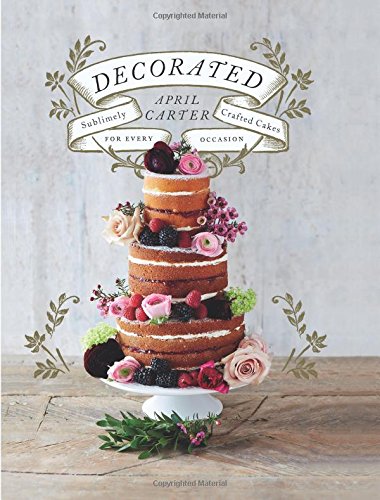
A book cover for Decorated: Sublimely Crafted Cakes for Every Occasion; April Carter; Cookbooks, Food & Wine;